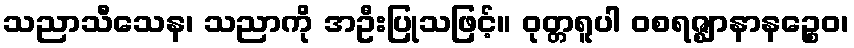
သညာသီသေန၊ သညာကို အဦးပြုသဖြင့်။ ဝုတ္တရူပါ ဝစရဇ္ဈာနာနဉ္စေဝ၊